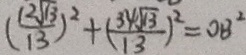
( \frac { 1 2 \sqrt { 1 3 } } { 1 3 } ) ^ { 2 } + ( \frac { 3 4 \sqrt { 1 3 } } { 1 3 } ) ^ { 2 } = O B ^ { 2 }